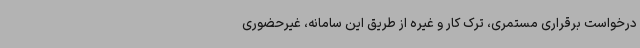
درخواست برقراری مستمری، ترک کار و غیره از طریق این سامانه، غیرحضوری